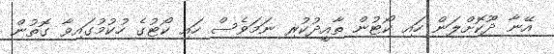
އޭނާ ދޫކޮށްލަން ހައި ކޯޓުން ތާއީދުކުރި ނަމަވެސް ހައި ކޯޓުގެ ހުކުމުގައިވާ ގޮތުން